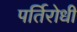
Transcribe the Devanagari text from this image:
पर्तिरोधी